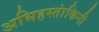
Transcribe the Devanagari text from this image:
अभिहस्तांकिनी